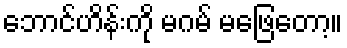
ဘောင်ဟိန်းကို မဂမ် မဖြေတော့။